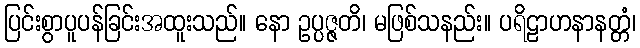
ပြင်းစွာပူပန်ခြင်းအထူးသည်။ နော ဥပ္ပဇ္ဇတိ၊ မဖြစ်သနည်း။ ပရိဠာဟနာနတ္တံ၊